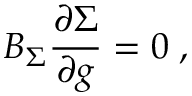
B _ { \Sigma } \frac { \partial \Sigma } { \partial g } = 0 \; ,